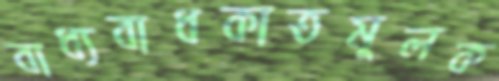
বাধ্যবাধকাতমূলক